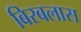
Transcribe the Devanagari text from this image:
बिरबलास